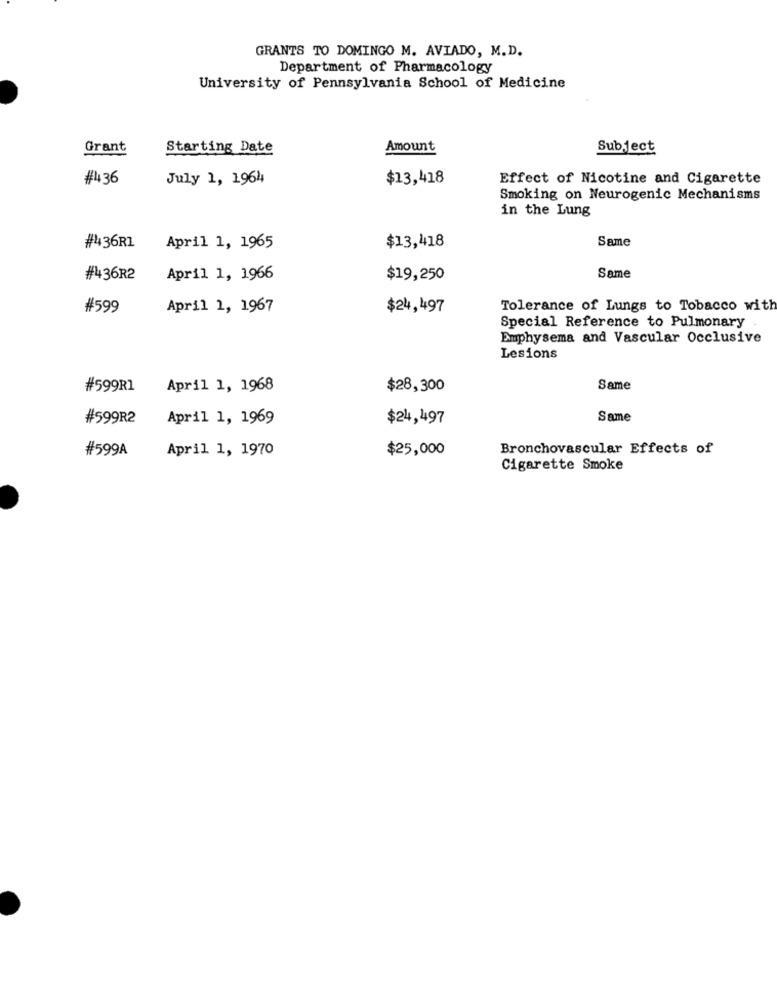
GRANTS TO DOMINGO M. AVIADO, M.D.
Department of Pharmacology
University of Pennsylvania School of Medicine
Grant
Starting Date
Amount
Subject
#436
July 1, 1964
$13,418
Effect of Nicotine and Cigarette
Smoking on Neurogenic Mechanisms
in the Lung
Same
#436R1
April 1, 1965
$13,418
#436R2
April 1, 1966
$19,250
Same
#599
April 1, 1967
$24,497
Tolerance of Lungs to Tobacco with
Special Reference to Pulmonary
Emphysema and Vascular Occlusive
Lesions
#599R1
April 1, 1968
$28,300
Same
#599R2
April 1, 1969
$24,497
Same
#599A
April 1, 1970
$25,000
Bronchovascular Effects of
Cigarette Smoke